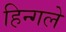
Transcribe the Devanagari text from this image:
हिन्गले